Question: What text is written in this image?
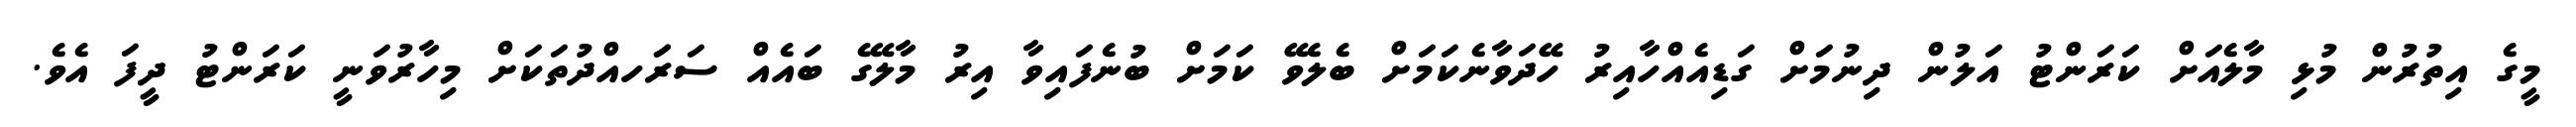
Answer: މީގެ އިތުރުން މުޅި މާލެއަށް ކަރަންޓު އަލުން ދިނުމަށް ގަޑިއެއްހާއިރު ހޭދަވާނެކަމަށް ބެލެވޭ ކަމަށް ބުނެފައިވާ އިރު މާލޭގެ ބައެއް ސަރަަހއްދުތަކަށް މިހާރުވަނީ ކަރަންޓު ދީފަ އެވެ.